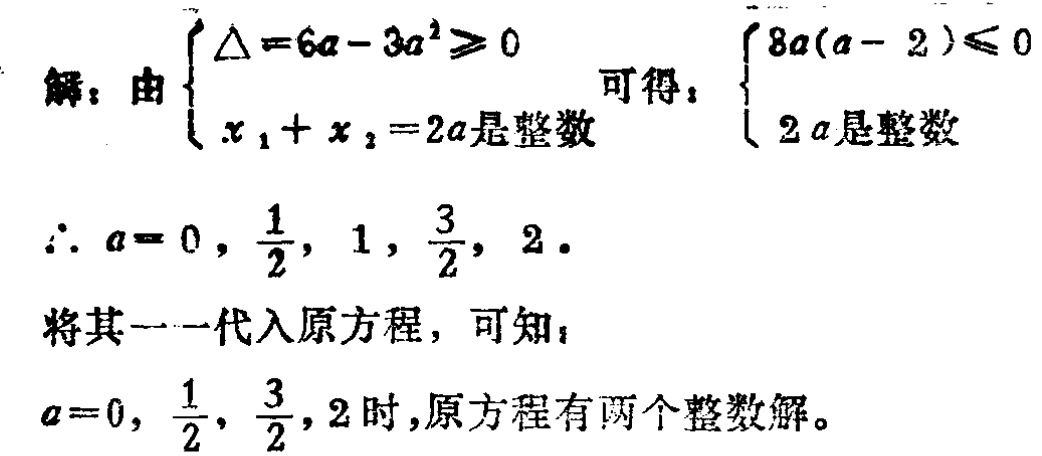
解：由$\begin{cases}
\Delta = 6a - 3a^{2} \geq 0 \\
x_{1} + x_{2} = 2a\text{是整数}
\end{cases}$可得：$\begin{cases}
8a(a - 2) \leq 0 \\
2a\text{是整数}
\end{cases}$
$\therefore a = 0, \frac{1}{2}, 1, \frac{3}{2}, 2$.
将其逐一代入原方程，可知：
$a = 0, \frac{1}{2}, \frac{3}{2}, 2$时，原方程有两个整数解。